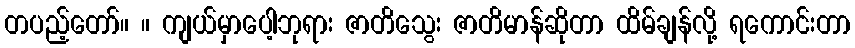
တပည့်တော်။ ။ ကျယ်မှာပေါ့ဘုရား ဇာတိသွေး ဇာတိမာန်ဆိုတာ ထိမ်ချန်လို့ ရကောင်းတာ